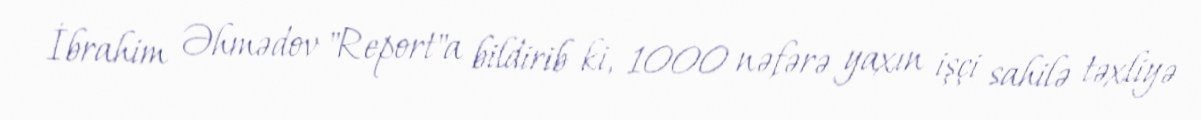
İbrahim Əhmədov "Report"a bildirib ki, 1000 nəfərə yaxın işçi sahilə təxliyə